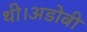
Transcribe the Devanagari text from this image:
थी।अडोबी